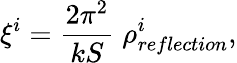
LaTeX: \xi^{i}={\frac{2\pi^{2}}{kS}}\; \rho_{reflection}^{i},